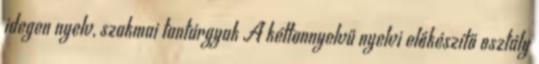
idegen nyelv, szakmai tantárgyak A kéttannyelvű nyelvi előkészítő osztály